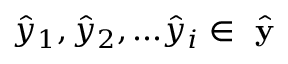
\hat { y } _ { 1 } , \hat { y } _ { 2 } , . . . \hat { y } _ { i } \in \hat { \textbf { y } }